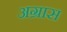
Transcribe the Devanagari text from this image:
अग्रास